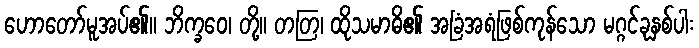
ဟောတော်မူအပ်၏။ ဘိက္ခဝေ၊ တို့။ တတြ၊ ထိုသမာဓိ၏ အခြံအရံဖြစ်ကုန်သော မဂ္ဂင်ခုနှစ်ပါး